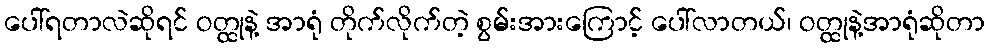
ပေါ်ရတာလဲဆိုရင် ဝတ္ထုနဲ့ အာရုံ တိုက်လိုက်တဲ့ စွမ်းအားကြောင့် ပေါ်လာတယ်၊ ဝတ္ထုနဲ့အာရုံဆိုတာ